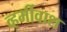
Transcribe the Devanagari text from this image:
व्हर्मीवाश